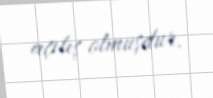
açılış olmuşdur.